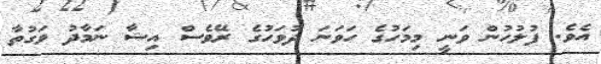
އެވެ. ފުލުހުން ވަނީ މިމަހުގެ ހަވަނަ ދުވަހުގެ ރޭވެސް އިޝާ ނަމާދު ވަގުތާ